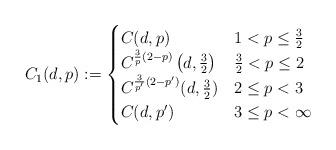
LaTeX: \begin{align*}C_{1}(d,p):=\begin{cases}C(d,p) & 1<p\leq\frac{3}{2}\\C^{\frac{3}{p}(2-p)}\left( d,\frac{3}{2}\right) & \frac{3}{2}<p\leq2\\C^{\frac{3}{p^{\prime}}(2-p^{\prime})}(d,\frac{3}{2}) & 2\leq p< 3\\C(d,p^{\prime}) & 3\leq p<\infty\end{cases}\end{align*}